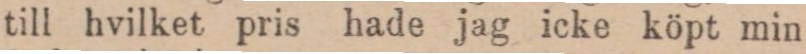
till hvilket pris hade jag icke köpt min